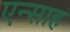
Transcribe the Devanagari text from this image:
एन्साह